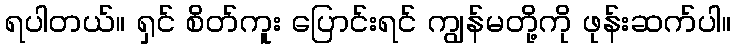
ရပါတယ်။ ရှင် စိတ်ကူး ပြောင်းရင် ကျွန်မတို့ကို ဖုန်းဆက်ပါ။